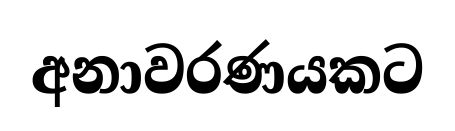
අනාවරණයකට